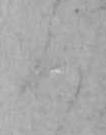
ろ